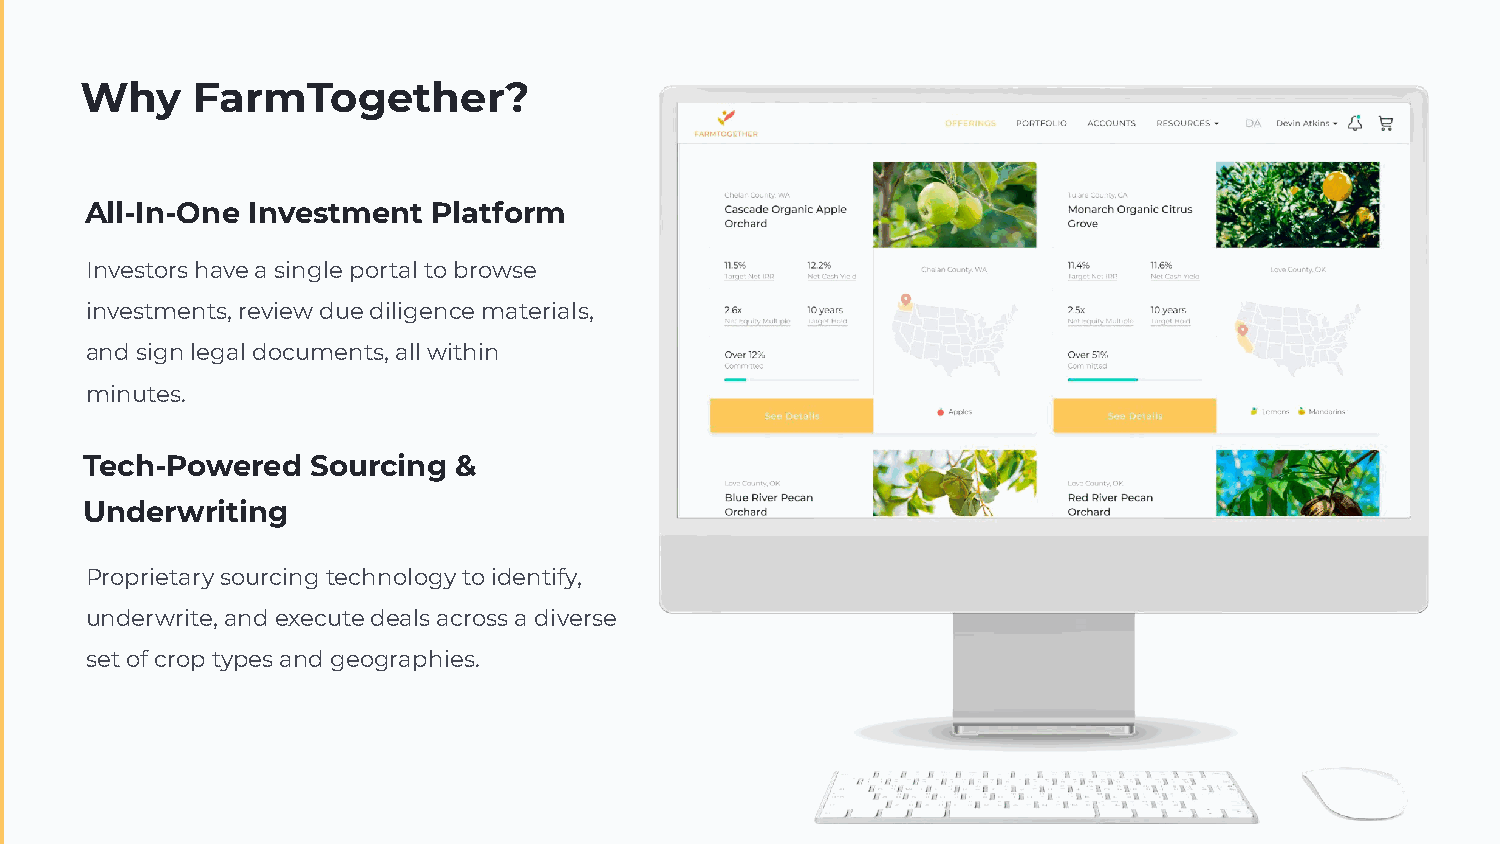
Why     FarmTogether?
 All-In-One Investment  Platform
 Investors have a single portal to browse
 investments, review due diligence materials,
 and sign legal documents, all within
 minutes.
 Tech-Powered    Sourcing &
 Underwriting
 Proprietary sourcing technology to identify,
 underwrite, and execute deals across a diverse
 set of crop types and geographies.